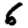
Digit: 6